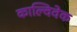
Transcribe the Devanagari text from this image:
काल्विवेक